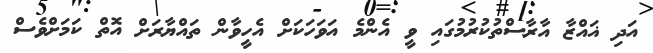
އަދި ޣައްޒާ އާރާސްތުކުރުމުގައި ވީ އެންމެ އަވަހަކަށް އެހީވާން ތައްޔާރަށް އޮތް ކަމަށްވެސް